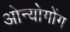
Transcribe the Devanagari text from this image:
ओन्योगोंग